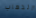
الذهاب